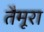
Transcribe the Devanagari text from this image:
तैमूरा